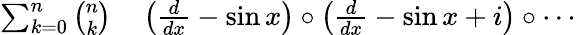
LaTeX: \begin{array}{rl}{\sum_{k=0}^{n}{\binom{n}{k}}}&{{}\left({\frac{d}{dx}}-\sin x\right)\circ\left({\frac{d}{dx}}-\sin x+i\right)\circ\cdots}\end{array}